Cultivation of the bacillus of leprosy and the treatment of cases by means of a vaccine prepared from the cultivations - Number 42
Disease focus: Leprosy
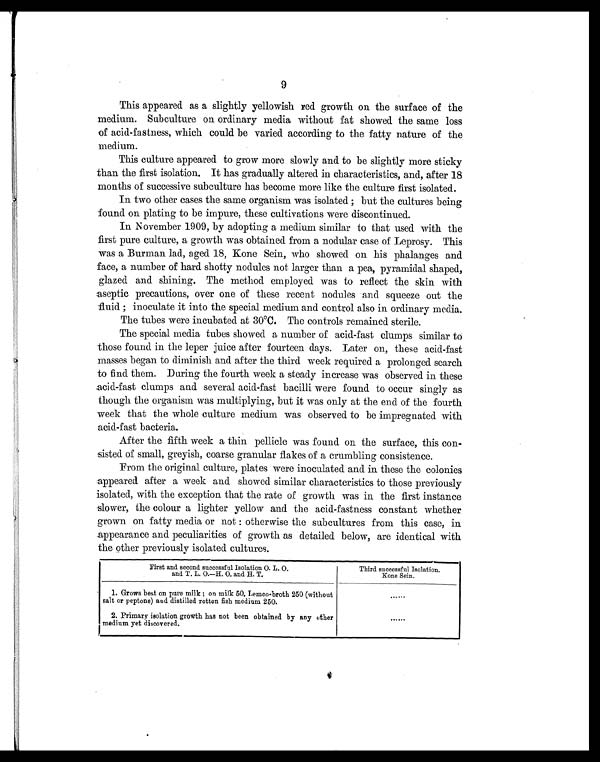
9
This appeared as a slightly yellowish red growth on the surface of the
medium. Subculture on ordinary media without fat showed the same loss
of acid-fastness, which could be varied according to the fatty nature of the
medium.
This culture appeared to grow more slowly and to be slightly more sticky
than the first isolation. It has gradually altered in characteristics, and, after 18
months of successive subculture has become more like the culture first isolated.
In two other cases the same organism was isolated ; but the cultures being
found on plating to be impure, these cultivations were discontinued.
In November 1909, by adopting a medium similar to that used with the
first pure culture, a growth was obtained from a nodular case of Leprosy. This
was a Burman lad, aged 18, Kone Sein, who showed on his phalanges and
face, a number of hard spotty nodules not larger than a pea, pyramidal shaped,
glazed and shining. The method employed was to reflect the skin with
aseptic precautions, over one of these recent nodules and squeeze out the
fluid ; inoculate it into the special medium and control also in ordinary media.
The tubes were incubated at 30ºC. The controls remained sterile.
The special media tubes showed a number of acid-fast clumps similar to
those found in the leper juice after fourteen days. Later on, these acid-fast
masses began to diminish and after the third week required a prolonged search
to find them. During the fourth week a steady increase was observed in these
acid-fast clumps and several acid-fast bacilli were found to occur singly as
though the organism was multiplying, but it was only at the end of the fourth
week that the whole culture medium was observed to be impregnated with
acid-fast bacteria.
After the fifth week a thin pellicle was found on the surface, this con-
sisted of small, greyish, coarse granular flakes of a crumbling consistence.
From the original culture, plates were inoculated and in these the colonies
appeared after a week and showed similar characteristics to those previously
isolated, with the exception that the rate of growth was in the first instance
slower, the colour a lighter yellow and the acid-fastness constant whether
grown on fatty media or not : otherwise the subcultures from this case, in
appearance and peculiarities of growth as detailed below, are identical with
the other previously isolated cultures.
First and second successful Isolation O . L. O.
and T. L. O.—H. O. and H. T.
Third successful Isolation.
Kone Sein.
1. Grows best on pure milk ; on milk 50, Lemco-broth 250 (without
salt or peptone) and distilled rotten fish medium 250.
. . . . . .
2. Primary isolation growth has not been obtained by any other
medium yet discovered.
. . . . . .